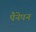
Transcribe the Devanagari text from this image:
पैनेपन